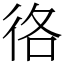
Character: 𢓜